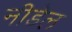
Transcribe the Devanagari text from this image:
नीडेल